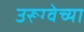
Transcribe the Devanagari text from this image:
उरूग्वेच्या